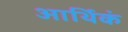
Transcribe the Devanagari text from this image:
आर्थिकं